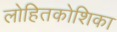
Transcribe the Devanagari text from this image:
लोहितकोशिका